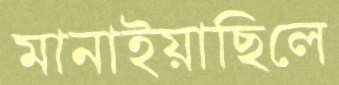
মানাইয়াছিলে